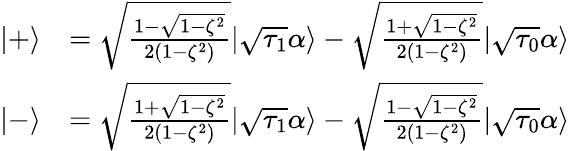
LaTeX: \begin{array}{rl}{|+\rangle}&{=\sqrt{\frac{1-\sqrt{1-\zeta^{2}}}{2(1-\zeta^{2})}}|\sqrt{\tau_{1}}\alpha\rangle-\sqrt{\frac{1+\sqrt{1-\zeta^{2}}}{2(1-\zeta^{2})}}|\sqrt{\tau_{0}}\alpha\rangle}\\ {|-\rangle}&{=\sqrt{\frac{1+\sqrt{1-\zeta^{2}}}{2(1-\zeta^{2})}}|\sqrt{\tau_{1}}\alpha\rangle-\sqrt{\frac{1-\sqrt{1-\zeta^{2}}}{2(1-\zeta^{2})}}|\sqrt{\tau_{0}}\alpha\rangle}\end{array}